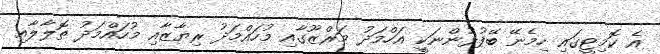
އެ ކޮމިޓީގައި ހިމެނޭ ބޭފުޅުންނަކީ އަހްމަދު މަރްޒޫގާއި މުހައްމަދު ރިޔާޒާއި މުހައްމަދު ތޮލާލާއި